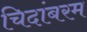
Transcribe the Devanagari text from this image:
चिदांबरम